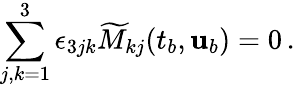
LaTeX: \sum_{j,k=1}^{3}\epsilon_{3jk}\widetilde{M}_{kj}(t_{b},{\mathbf{u}}_{b})=0\, .